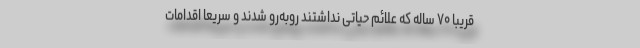
قریباً ۷۰ ساله که علائم حیاتی نداشتند روبه‌رو شدند و سریعاً اقدامات